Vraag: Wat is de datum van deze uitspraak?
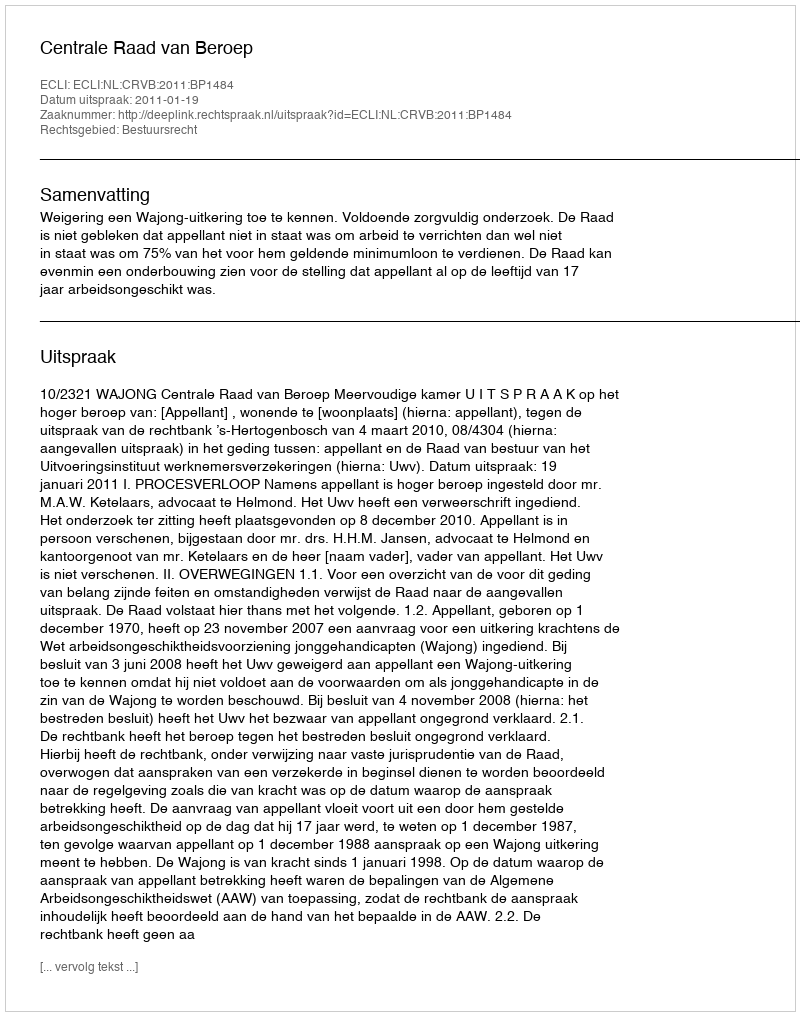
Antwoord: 2011-01-19